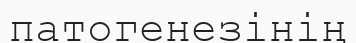
патогенезінің